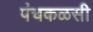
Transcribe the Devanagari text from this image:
पंचकळसी